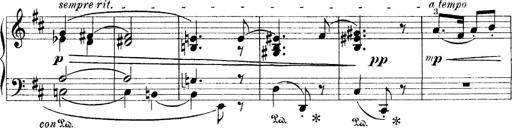
Title: 4 Sonatines
Composer: Max Reger